Civil Veterinary Department. United Provinces 1932-42 - 1932-1942
Year: 1932
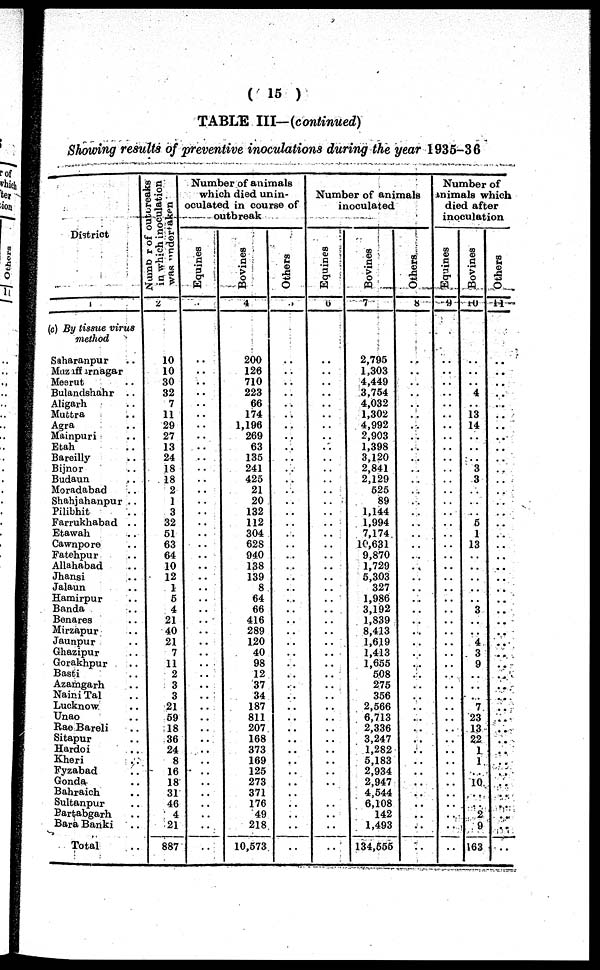
( 15 )
TABLE III—(continued)
Showing results of preventive inoculations during the year 1935-36
District
1
(c) By issue virus
method
Saharanpur ..
Muz affarnagar ..
Mesrut ..
Bulandshahr ..
Aligarh ..
Muttra ..
Agra ..
Mainpuri ..
Etah ..
Bareilly ..
Bijnor ..
Budaun ..
Moradabad ..
Shahjahanpur ..
Pilibhit ..
Farrukhabnd ..
Etawah ..
Cawnpore ..
Fatehpur ..
Allahabad
Jhansi ..
Jalaun ..
Hamirpur ..
Banda ..
Benares ..
Mirzapur ..
Jaunpur ..
Ghazipur ..
Gorakhpur ..
Basti ..
Azamgarh ..
Naini Tal ..
Lucknow ..
Unao ..
Rae Bareli ..
Sitapur ..
Hardoi ..
Kheri ..
Fyzabad ..
Gonda ..
Bahraich ..
Sultanpur ..
Bartabgarh ..
Bara Banki ..
Total ..
Number
of outbreaks
in which inoculation
was undertaken
2
10
10
30
32
7
11
29
27
13
24
18
18
2
1
3
32
61
63
64
10
12
1
6
4
21
40
21
7
11
2
3
3
21
69
18
36
24
8
16
18
31
46
4
21
887
Number of animals
which died unin-
oculated in course of
outbreak
Equines
3
..
..
..
..
..
..
..
..
..
..
..
..
..
..
..
..
..
..
..
..
..
..
..
..
..
..
..
..
..
..
..
..
..
..
..
..
..
..
..
..
..
..
..
..
..
Bovines
4
200
126
710
223
66
174
1,196
269
63
135
241
425
21
20
132
112
304
628
940
138
139
8
64
66
416
289
120
40
98
12
37
34
187
811
207
168
373
169
125
273
371
176
49
218
10,573
Others
5
..
..
..
..
..
..
..
..
..
..
..
..
..
..
..
..
..
..
..
..
..
..
..
..
..
..
..
..
..
..
..
..
..
..
..
..
..
..
..
..
..
..
..
..
..
Number of animals
inoculated
Equines
6
..
..
..
..
..
..
..
..
..
..
..
..
..
..
..
..
..
..
..
..
..
..
..
..
..
..
..
..
..
..
..
..
..
..
..
..
..
..
..
..
..
..
..
..
..
Bovines
7
2,795
1,303
4,449
3,754
4,032
1,302
4,992
2,903
1,398
3,120
2,841
2,129
525
89
1,144
1,994
7,174
16,631
9,870
1,729
5,303
327
1,986
3,192
1,839
8,413
1,619
1,413
1,655
508
275
356
2,566
6,713
2,336
3,247
1,282
5,183
2,934
2,947
4,544
6,108
142
1,493
134,555
Others
8
..
..
..
..
..
..
..
..
..
..
..
..
..
..
..
..
..
..
..
..
..
..
..
..
..
..
..
..
..
..
..
..
..
..
..
..
..
..
..
..
..
..
..
..
..
Number of
Animals which
died after
inoculation
Equines
9
..
..
..
..
..
..
..
..
..
..
..
..
..
..
..
..
..
..
..
..
..
..
..
..
..
..
..
..
..
..
..
..
..
..
..
..
..
..
..
..
..
..
..
..
..
Bovines
10
..
..
..
4
..
13
14
..
..
..
3
3
..
..
..
5
1
13
..
..
..
..
..
3
..
..
4
3
9
..
..
.. 7
23
13
22
1
1
..
10
..
..
2
9
163
Others
11
..
..
..
..
..
..
..
..
..
..
..
..
..
..
..
..
..
..
..
..
..
..
..
..
..
..
..
..
..
..
..
..
..
..
..
..
..
..
..
..
..
..
..
..
..